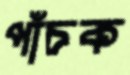
পাঁচক